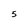
Character: 5